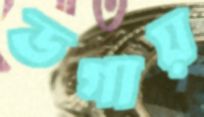
ডগায়